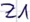
Text: Z1